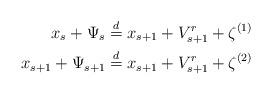
LaTeX: \begin{align*}x_s + \Psi_s & \stackrel{d}{=} x_{s+1} + V_{s+1}^{r} + \zeta^{(1)} \\x_{s+1} + \Psi_{s+1} & \stackrel{d}{=} x_{s+1} + V_{s+1}^{r} + \zeta^{(2)}\end{align*}